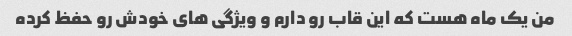
من یک ماه هست که این قاب رو دارم و ویژگی های خودش رو حفظ کرده